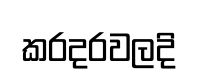
කරදරවලදි